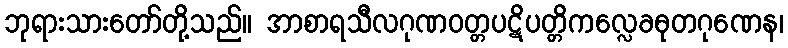
ဘုရားသားတော်တို့သည်။ အာစာရသီလဂုဏဝတ္တပဋိပတ္တိကလ္လေခဓုတဂုဏေန၊